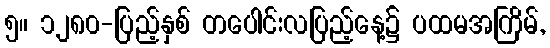
၅။ ၁၂၈၀-ပြည့်နှစ် တပေါင်းလပြည့်နေ့၌ ပထမအကြိမ်,